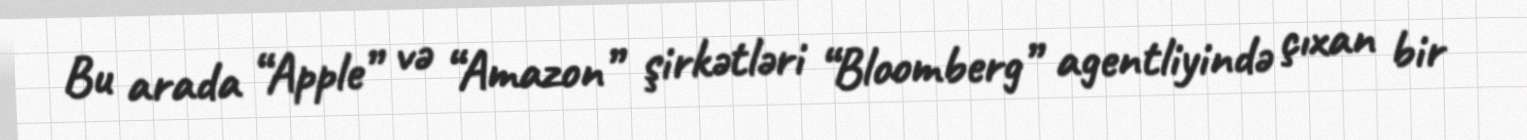
Bu arada “Apple” və “Amazon” şirkətləri “Bloomberg” agentliyində çıxan bir